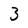
Character: 3